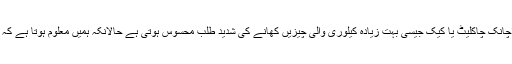
کیوں کبھی کبھی ایسا ہوتا ہے کہ اچانک چاکلیٹ یا کیک جیسی بہت زیادہ کیلوری والی چیزیں کھانے کی شدید طلب محسوس ہوتی ہے حالانکہ ہمیں معلوم ہوتا ہے کہ تھوڑی دیر بعد ہمیں پچھتاوا ہوگا؟